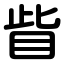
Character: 眥